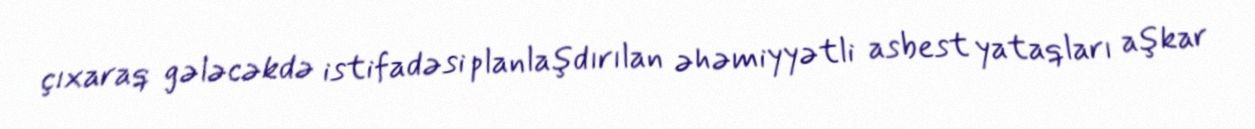
çıxaraq gələcəkdə istifadəsi planlaşdırılan əhəmiyyətli asbest yataqları aşkar